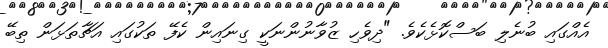
އެއްގައި ބުނެލި ބަސްކޮޅެކެވެ. "ދިވެހި ޒުވާނުންނަކީ ގިނައިން ކެފޭ ތަކުގައި އަޗާތަޅަން ތިބޭ